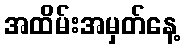
အထိမ်းအမှတ်နေ့